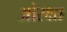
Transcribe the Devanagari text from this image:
ओरक्षा